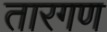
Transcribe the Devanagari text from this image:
तारगण